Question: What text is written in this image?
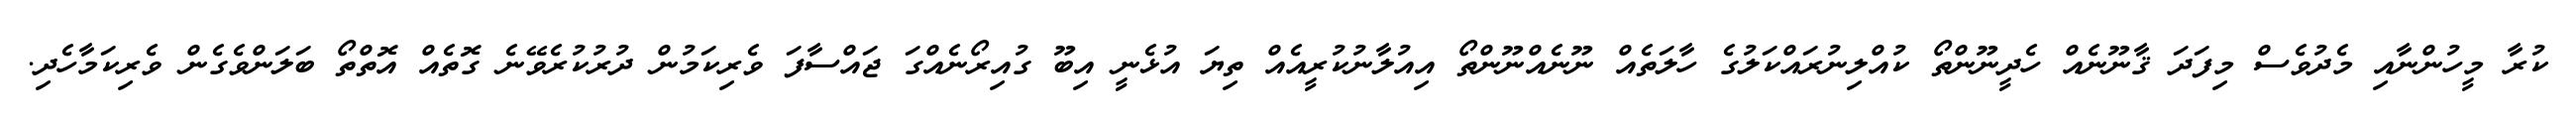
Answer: ކުރާ މީހުންނާއި މެދުވެސް މިފަދަ ޤާނޫނެއް ހެދީނޫންތޯ ކުއްލިނުރައްކަލުގެ ހާލަތެއް ނޫނެއްނޫންތޯ އިއުލާނުކުރީއެއް ތިޔަ އުޅެނީ އިބޫ ގުއިރޯނެއްގަ ޖައްސާފަ ވެރިކަމުން ދުރުކުރެވޭނެ ގޮތެއް އޮތްތޯ ބަލަންވެގެން ވެރިކަމާހެދި.